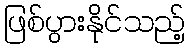
ဖြစ်ပွားနိုင်သည့်